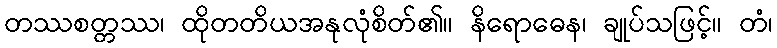
တဿစတ္တဿ၊ ထိုတတိယအနုလုံစိတ်၏။ နိရောဓေန၊ ချုပ်သဖြင့်။ တံ၊